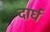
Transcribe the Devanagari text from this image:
दार्घ